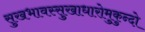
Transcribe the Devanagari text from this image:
सुखभावस्सुखाधारोमुकुन्दो